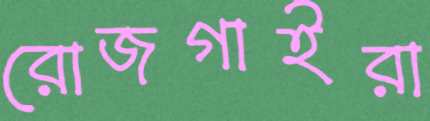
রোজগাইরা